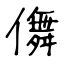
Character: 儛